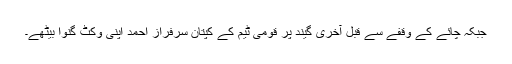
جبکہ چائے کے وقفے سے قبل آخری گیند پر قومی ٹیم کے کپتان سرفراز احمد اپنی وکٹ گنوا بیٹھے۔